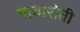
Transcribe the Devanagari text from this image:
पावारोती